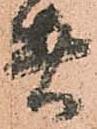
者